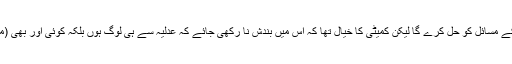
وہ ان کے روزمرہ کے مسائل کو حل کرے گا لیکن کمیٹی کا خیال تھا کہ اس میں بندش نا رکھی جائے کہ عدلیہ سے ہی لوگ ہوں بلکہ کوئی اور بھی (محتسب) ہو سکتا ہے۔